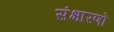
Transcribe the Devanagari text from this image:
संक्षारणों